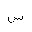
Letter: _sin